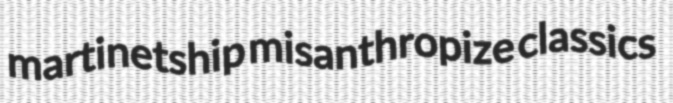
martinetship misanthropize classics